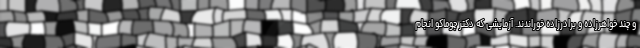
و چند خواهرزاده و برادرزاده خوراندند. آزمایشی که دکتر چوماکو انجام